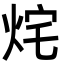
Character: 烢